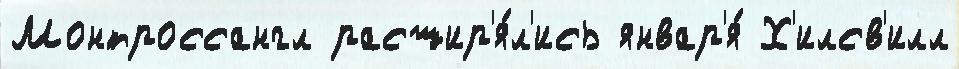
Монтроссангл расшир'я́л'ись январ'я́ Х'илсв'илл